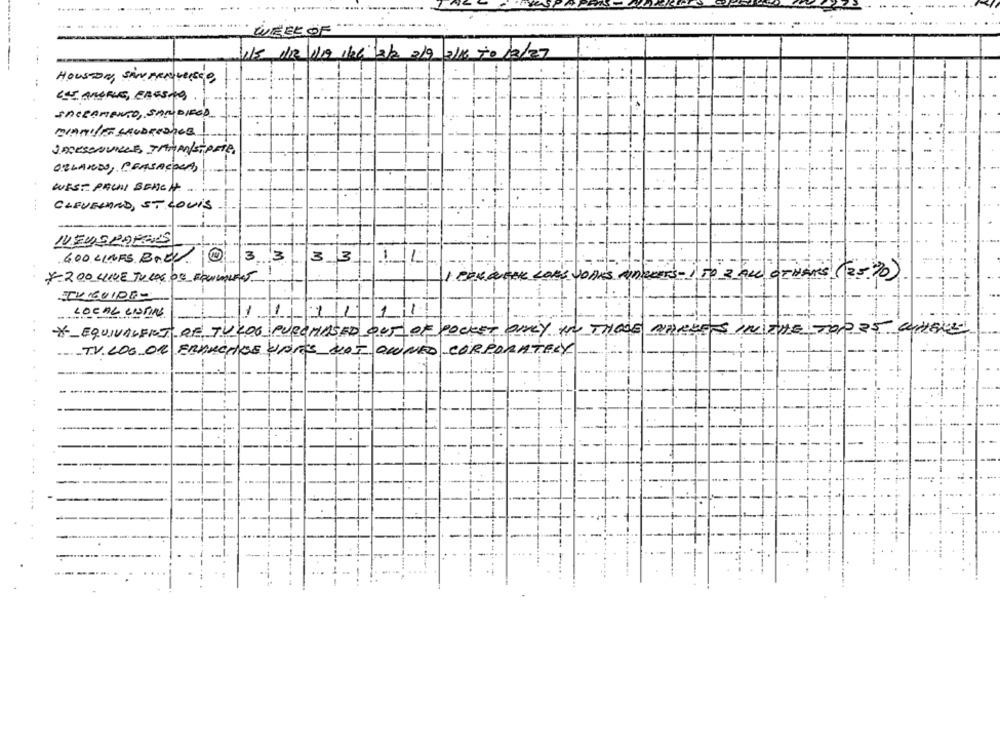
...
WEEK OF
15 /12/1/19 1106: 12/2 2/9 2/16 70 13/27
HOUSTON, SANMENUUSED,
CUI AMORLE, CAUSING.
SACRAMENTO, SANDIEGO
JACKSONVILLE JAMAISiPETA
ORLANDO, PENSACOLA)
WEST PACHI BEACH. .. ..
CLEVELAND, ST LOUIS
-
600 LINES BAEL @
3333
*200 LIE TO LOG OS FLUVIALES!
CINQUEEK LORS VOIS ANDRE
To 2 qul orvars (25 %0)
TVGUIDE-
LOCAL LISTING
-
11
11
11
*_ EQUIVALENT OF TU COO PURCHASED OUT OF POCKET ONLY HY THOSE WEREETS IN THE TOP 25 WHERE
TV. LOG OR FRANCHISE VORES NOI OWNED CORPORATELY
..